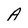
Character: A